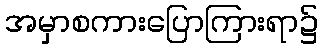
အမှာစကားပြောကြားရာ၌